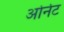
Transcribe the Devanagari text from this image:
ओर्नेट